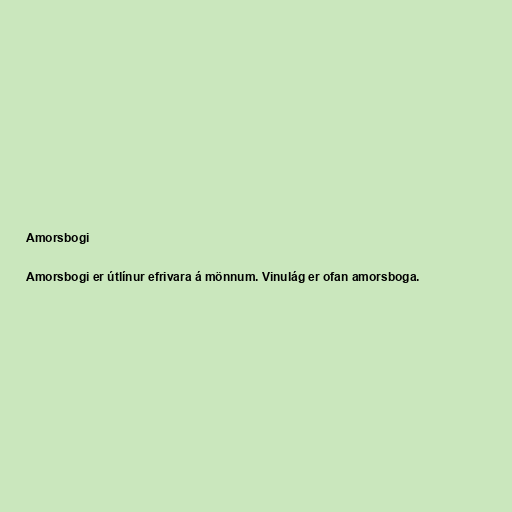
Amorsbogi

Amorsbogi er útlínur efrivara á mönnum. Vinulág er ofan amorsboga.